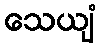
သေယျံ